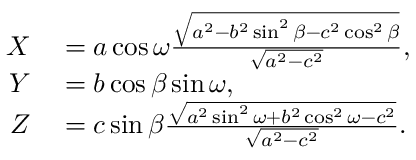
\begin{array} { r l } { X } & { { } = a \cos \omega { \frac { \sqrt { a ^ { 2 } - b ^ { 2 } \sin ^ { 2 } \beta - c ^ { 2 } \cos ^ { 2 } \beta } } { \sqrt { a ^ { 2 } - c ^ { 2 } } } } , } \\ { Y } & { { } = b \cos \beta \sin \omega , } \\ { Z } & { { } = c \sin \beta { \frac { \sqrt { a ^ { 2 } \sin ^ { 2 } \omega + b ^ { 2 } \cos ^ { 2 } \omega - c ^ { 2 } } } { \sqrt { a ^ { 2 } - c ^ { 2 } } } } . } \end{array}